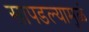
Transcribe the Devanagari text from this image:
सापडल्यामुळं